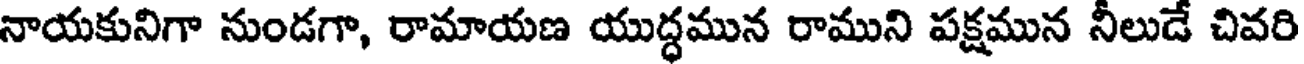
నాయకునిగా నుండగా, రామాయణ యుద్ధమున రాముని పక్షమున నీలుడే చివరి